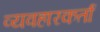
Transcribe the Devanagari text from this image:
व्यवहारकर्ता